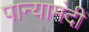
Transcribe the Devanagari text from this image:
पान्यामंदी